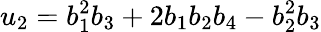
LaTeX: u_{2}=b_{1}^{2}b_{3}+2b_{1}b_{2}b_{4}-b_{2}^{2}b_{3}